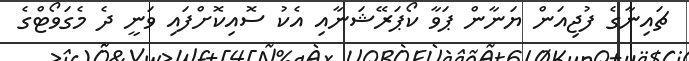
ޗައިނާގެ ފުޖިއަން ޔަނާން ޕަވާ ކޯޕަރޭޝަނާއި އެކު ސޮއިކޮށްފައި ވަނީ ދެ މެގަވޯޓްގެ